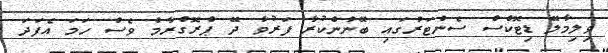
ވިލިމާލޭ ޑިޓޮކްސް ސެންޓަރުގައި ބޭނުންކުރާ ފަރުވާ ދޭ ޕްރޮގްރާމް ވެސް ހަމަ އެފަދަ